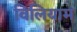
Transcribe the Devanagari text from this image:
विलियाम